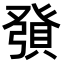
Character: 𧶢